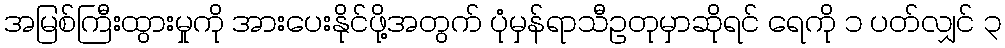
အမြစ်ကြီးထွားမှုကို အားပေးနိုင်ဖို့အတွက် ပုံမှန်ရာသီဥတုမှာဆိုရင် ရေကို ၁ ပတ်လျှင် ၃